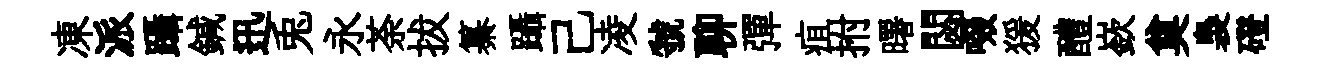
凍派躡鍼迅兎永荼拔纂躡己凌虢聊彈疽拊曙閟啜猨醴嶔奠裊磴